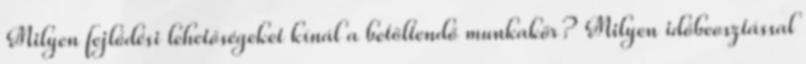
Milyen fejlődési lehetőségeket kínál a betöltendő munkakör? Milyen időbeosztással